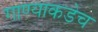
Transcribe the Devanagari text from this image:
गाण्याकडेच